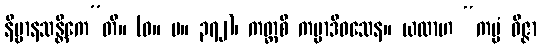
နိဗ္ဗာနသန္တိကေ”တိ။ (ဓ။ ပ။ ၃၇၂)၊ ကတ္ထစိ ကမ္မာဒိဝသေန။ ယထာဟ “ကမ္မံ ဝိဇ္ဇာ